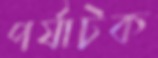
পর্যাটক